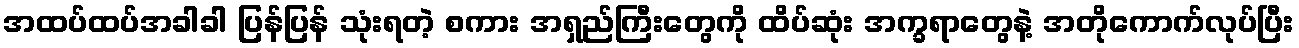
အထပ်ထပ်အခါခါ ပြန်ပြန် သုံးရတဲ့ စကား အရှည်ကြီးတွေကို ထိပ်ဆုံး အက္ခရာတွေနဲ့ အတိုကောက်လုပ်ပြီး